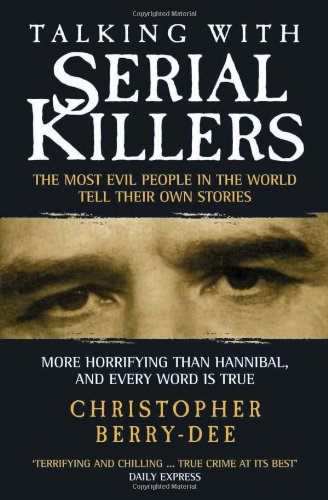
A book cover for Talking with Serial Killers: The Most Evil People in the World Tell Their Own Stories; Christopher Berry-Dee; Biographies & Memoirs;